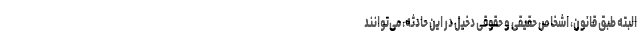
البته طبق قانون، اشخاص حقیقی و حقوقی دخیل در این حادثه، می‌توانند